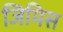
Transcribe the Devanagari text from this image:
जिमिस